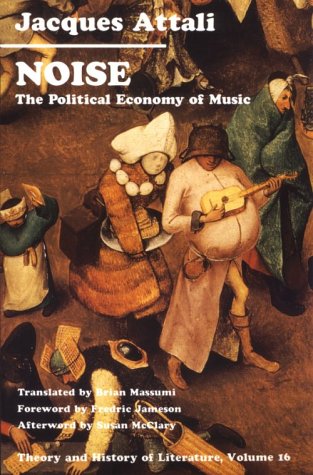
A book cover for Noise: The Political Economy of Music (Theory and  History of Literature, Vol. 16); Jacques Attali; Arts & Photography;